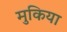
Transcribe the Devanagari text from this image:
मुकिया